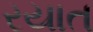
રયાત